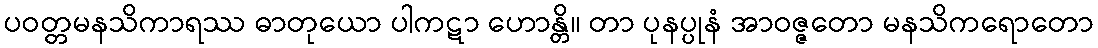
ပဝတ္တမနသိကာရဿ ဓာတုယော ပါကဋာ ဟောန္တိ။ တာ ပုနပ္ပုနံ အာဝဇ္ဇတော မနသိကရောတော